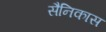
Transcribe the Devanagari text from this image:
सैनिकास